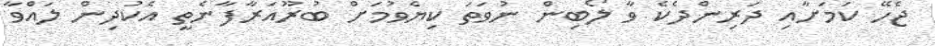
ޖެހޭ ކަމަށާއި ދަރިންދެކެ ވާ ލޯބިން ނުވަތަ ކިޔެވުމަށް ބުރޫއަރާފާނެތީ އެކުދިން ލައްވާ